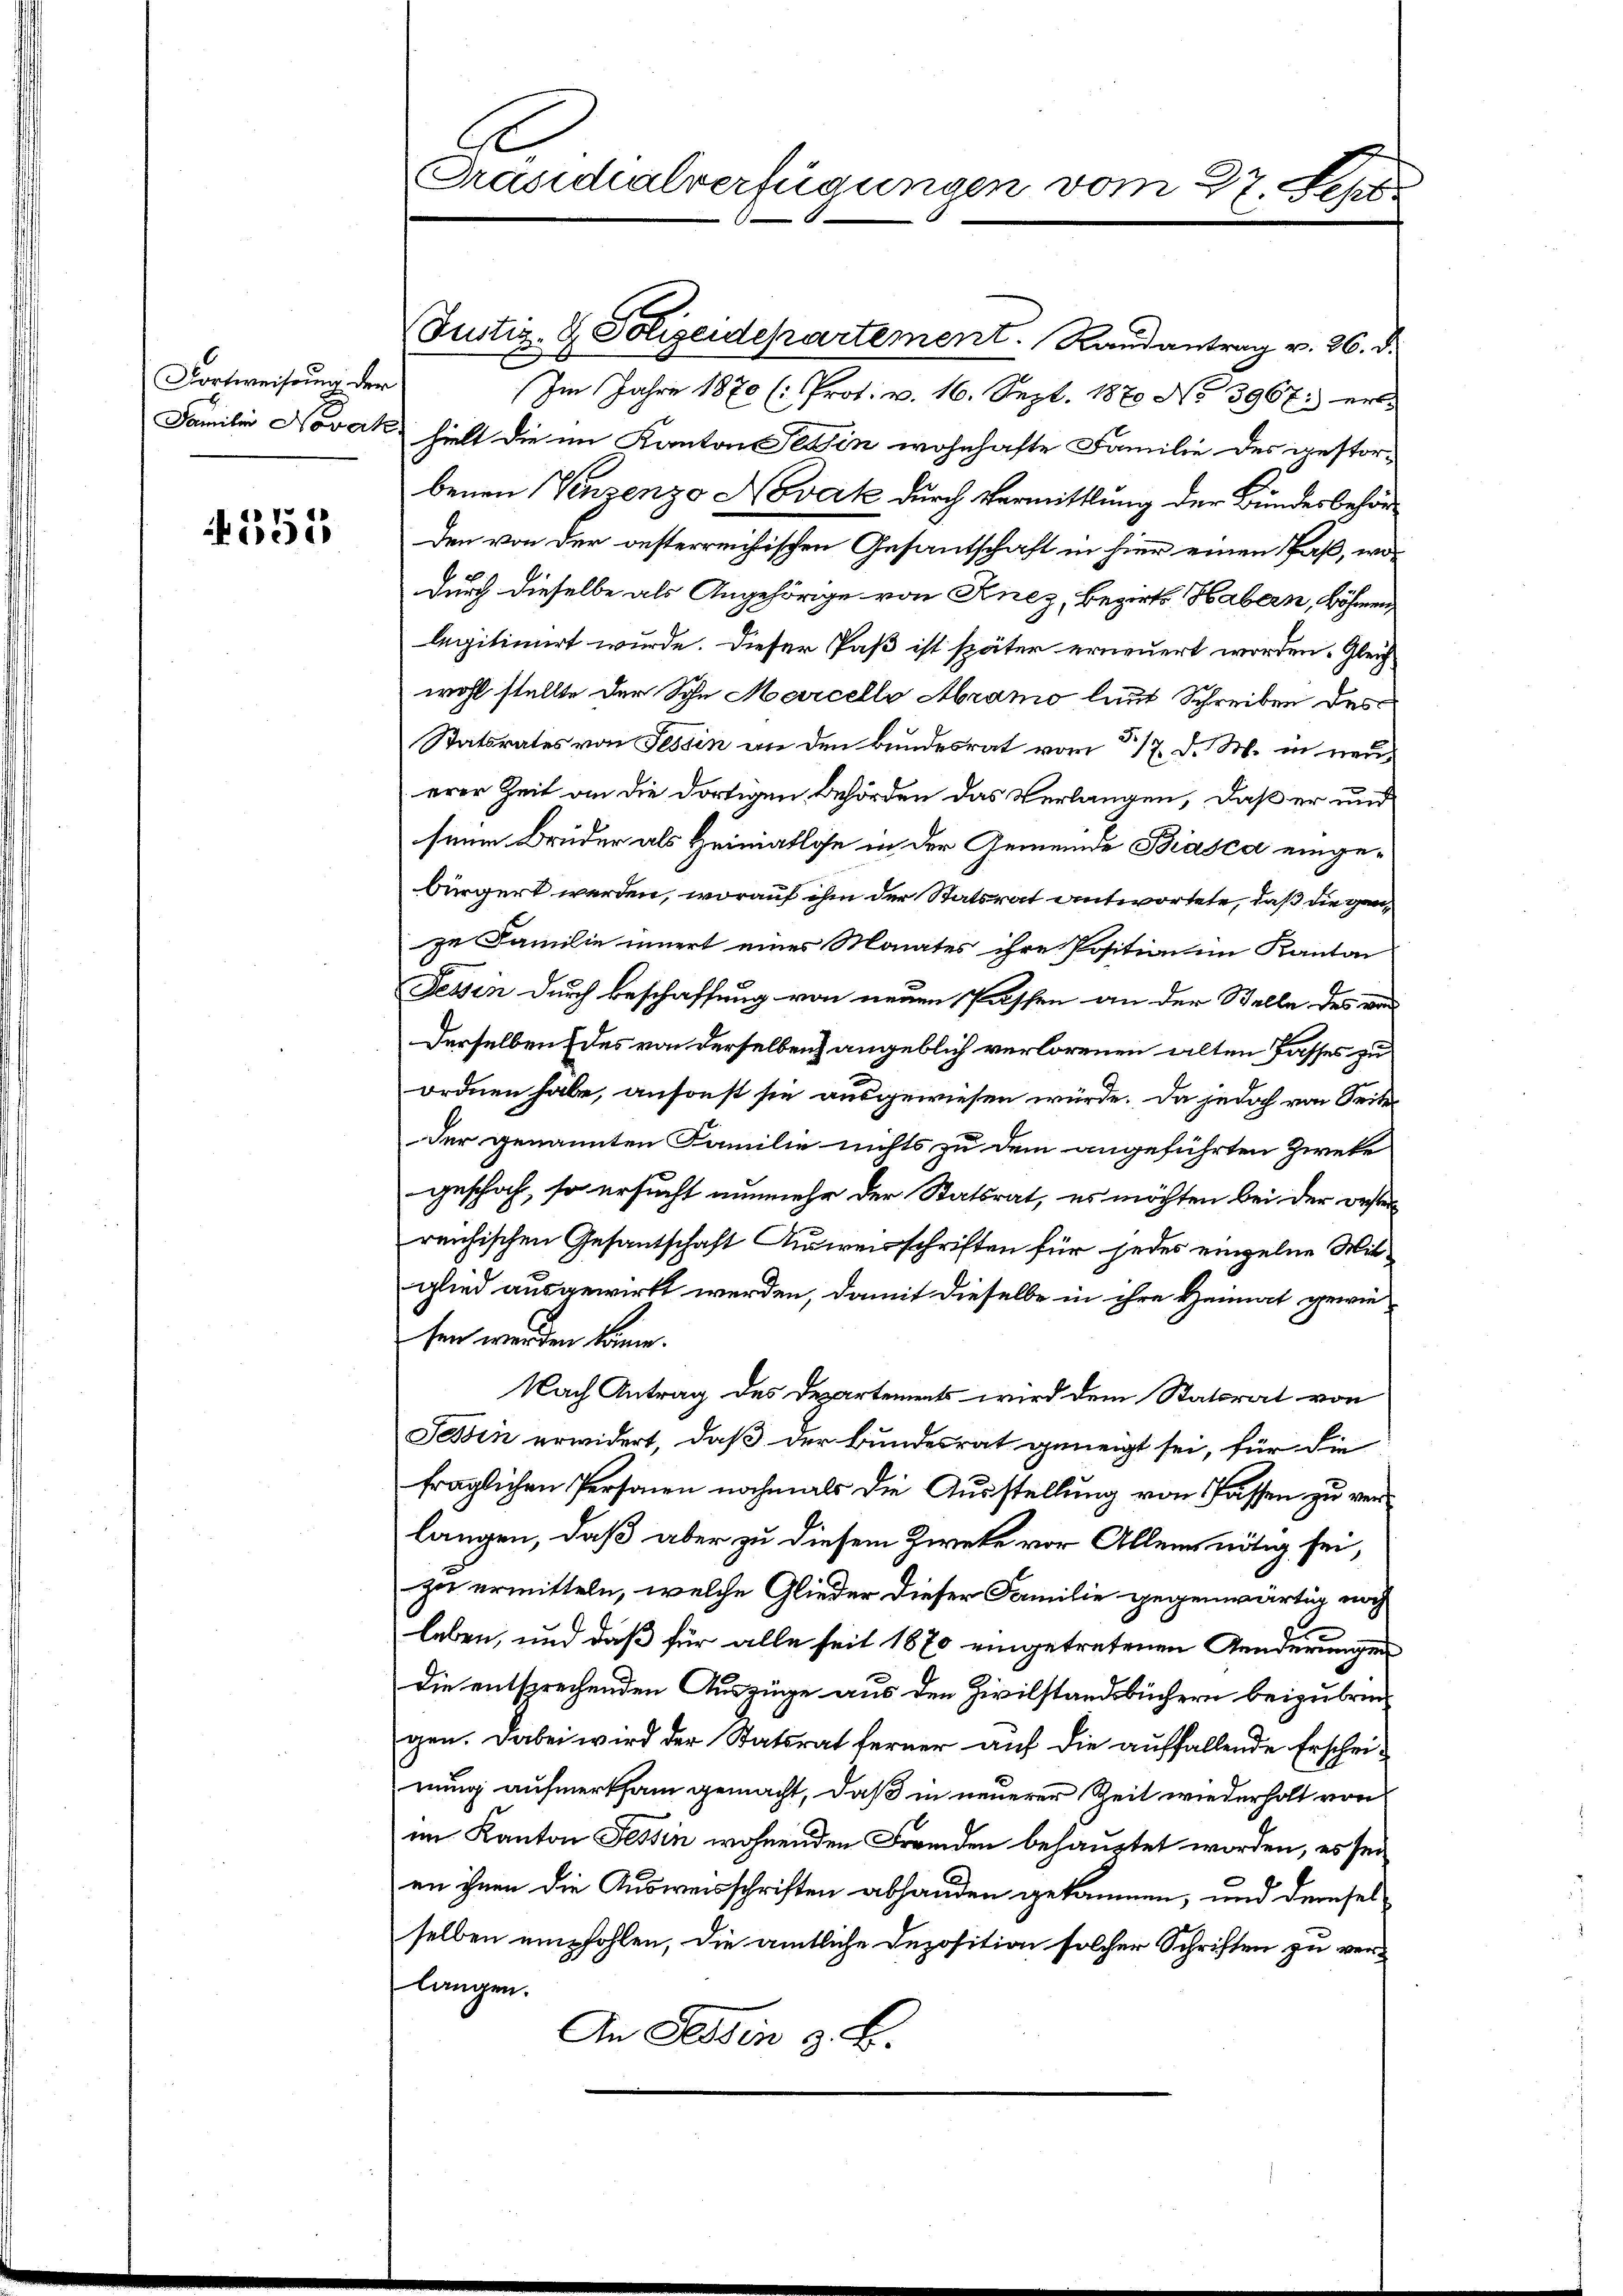
Fortweisung der

355

Präsidialverfügungen vom 27. Sept.

Justiz- & Polizeidepartement. Randantrag v. 26. d.
Im Jahre 1870 (: Prof. v. 16. Sept. 1879 No 3967. ert
Familie Novak hielt die im Kanton Tessin wohnhafte Familie des gestorbenen Verzenzo Novak durch Vermittlung der Bundesbehörden von der oesterreichischen Gesantschaft in hier einen Paß, wodurch dieselbe als Angehörige von Knez, Bezirks Habern, Böhmen
legitimirt wurde. Dieser Paß ist später erneuert worden. Gleich
wohl stellte der Sohn Marcelle Abramo laut Schreiben des
Statsrates von Tessin an den Bundesrat vom 5/7. d. M. in neu
erer Zeit an die dortigen Behörden das Verlangen, daß er und
seine Brüder als Heimatlose in der Gemeinde Biasca eingebürgert werden, worauf ihm der Statsrat antwortete, daß die ganze Familie innert eines Monates ihre Position im Kanton
Tessin durch Beschaffung von neuen Passen an der Stelle des vor
Derselben des von derselben angeblich verlorenen alten Passes zu
ordnen habe, ansonst sie ausgewiesen würde. Da jedoch von Seiteder genannten Familie nichts zu dem angeführten Zweke
geschah, so ersucht nunmehr der Statsrat, es möchten bei der oesten
reichischen Gesantschaft Ausweisschriften für jedes einzelne Mitglied ausgewirkt werden, damit dieselbe in ihre Heimat gewie-
sen werden könne.
Nach Antrag des Departements wird dem Statorat von
Tessin erwidert, daß der Bundesrat geneigt sei, für die
fraglichen Personen nochmals die Ausstellung von Passen zu verlangen, daß aber zu diesem Zweke vor Allem nötig sei,
zu ermitteln, welche Glieder dieser Familie gegenwärtig noch
leben, und daß für alle seit 1870 eingetretenen Genderungen
Die entsprechenden Auszüge aus den Zivilstandsbüchern beizubringen. Dabei wird der Statsrat ferner auf die auffallende Erscheinung aufmerksam gemacht, daß in neuerer Zeit wiederholt von
im Kanton Tessin wohnenden Fremden behauptet worden, es sei
en ihnen die Ausweisschriften abhanden gekommen, und demselselben empfohlen, die amtliche Deposition solcher Schriften zu verlangen.
An Tessin z. B.